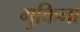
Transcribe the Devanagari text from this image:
गुकिना